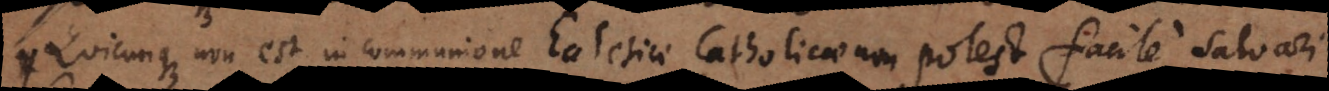
Quicunque non est in communione Ecclesiae Catholicae non potest facile salvari.